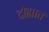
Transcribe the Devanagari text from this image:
दोह्यात